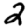
Digit: 2